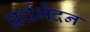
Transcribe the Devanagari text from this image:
अर्धभैदन